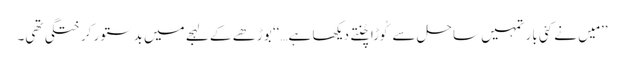
’’مَیں نے کئی بار تمہیں ساحل سےکُوڑا چُنتے دیکھا ہے…‘‘ بوڑھے کے لہجے میں بدستور کرختگی تھی۔